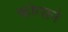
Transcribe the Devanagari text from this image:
व्होग्सने